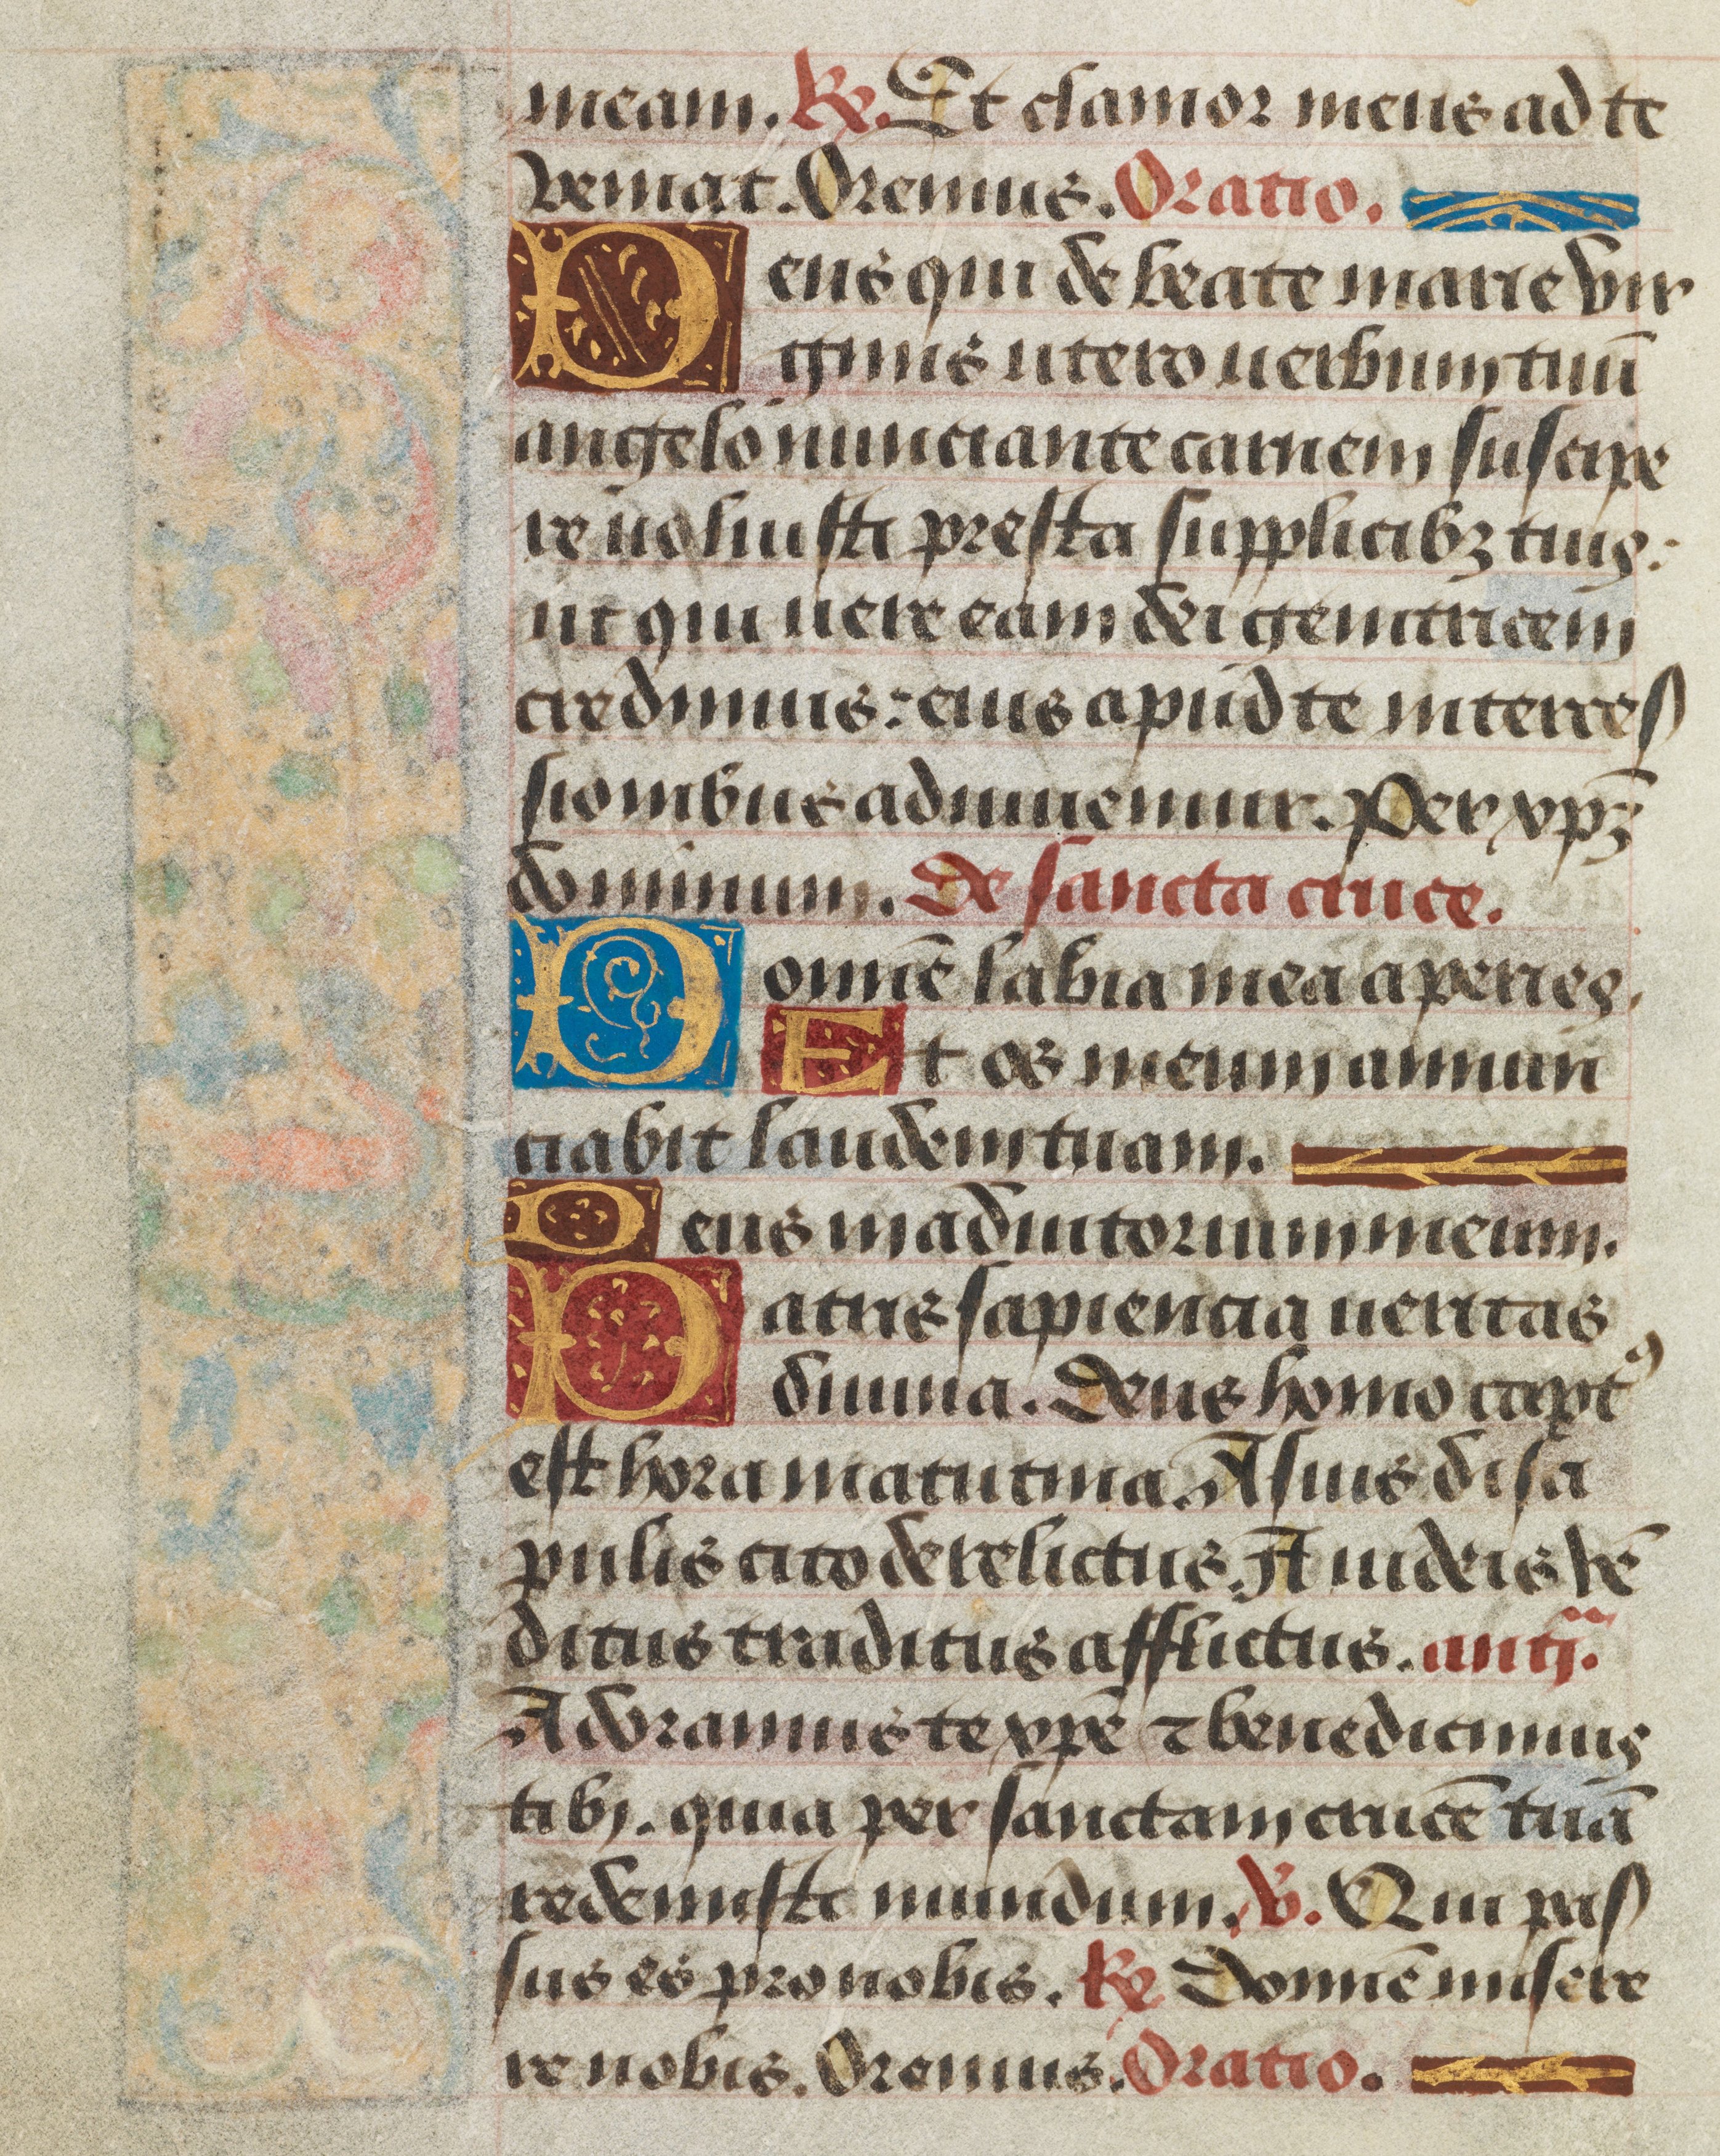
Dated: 1450–1499